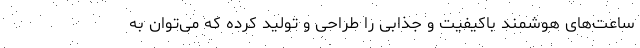
ساعت‌های هوشمند باکیفیت و جذابی را طراحی و تولید کرده که می‌توان به